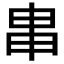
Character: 𤰶